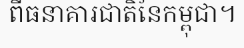
ពីធនាគារជាតិនៃកម្ពុជា។